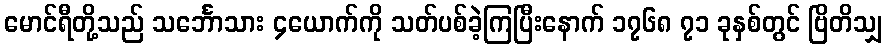
မောင်ရီတို့သည် သင်္ဘောသား ၄ယောက်ကို သတ်ပစ်ခဲ့ကြပြီးနောက် ၁၇၆၈ ၇၁ ခုနှစ်တွင် ဗြိတိသျှ